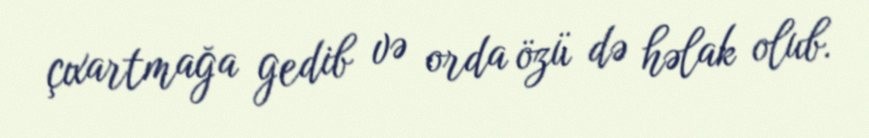
çıxartmağa gedib və orda özü də həlak olub.